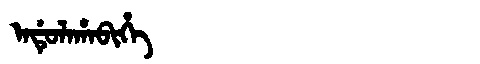
Manchu: ᠠᡩᡠᠯᠠᡥᠠᠪᡳᡥᡝ
Romanization: ADULAHABIHE